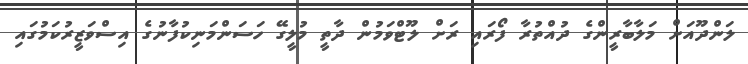
ލަންދޫއަށް މަލާބާރީންގެ ދުއްތުރާ ފޯރައި ރަށް ލޫޓްވަމުން ދާތީ މުލީގޭ ހަސަންމަނިކުފާނުގެ އިސްވަޒީރުކަމުގައި